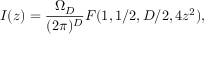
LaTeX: I ( z ) = { \frac { \Omega _ { D } } { ( 2 \pi ) ^ { D } } } F ( 1 , 1 / 2 , D / 2 , 4 z ^ { 2 } ) ,